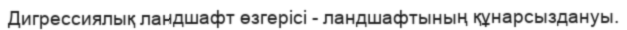
Дигрессиялық ландшафт өзгерісі - ландшафтының құнарсыздануы.